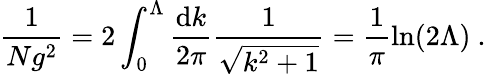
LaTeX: \frac{1}{Ng^{2}}=2\int_{0}^{\Lambda}\frac{\mathrm{d}k}{2\pi}\frac{1}{\sqrt{k^{2}+1}}=\frac{1}{\pi}\ln(2\Lambda)\ .